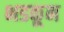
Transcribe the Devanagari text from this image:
भडकून